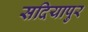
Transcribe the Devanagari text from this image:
सदियापुर